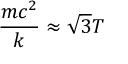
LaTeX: \frac { m c ^ { 2 } } { k } \approx \sqrt { 3 } T